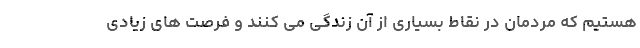
هستیم که مردمان در نقاط بسیاری از آن زندگی می کنند و فرصت های زیادی